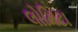
લોમિટા